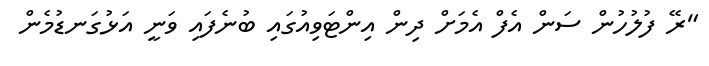
"ރޭ ފުލުހުން ސަން އެފް އެމަށް ދިން އިންޓަވިއުގައި ބުނެފައި ވަނީ އަޅުގަނޑުމެން